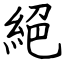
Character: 絕